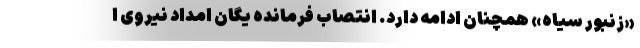
«زنبور سیاه» همچنان ادامه دارد. انتصاب فرمانده یگان امداد نیروی ا